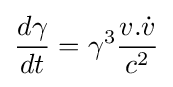
{\frac {d\gamma }{dt}}=\gamma ^{3}{\frac {v.{\dot {v}}}{c^{2}}}